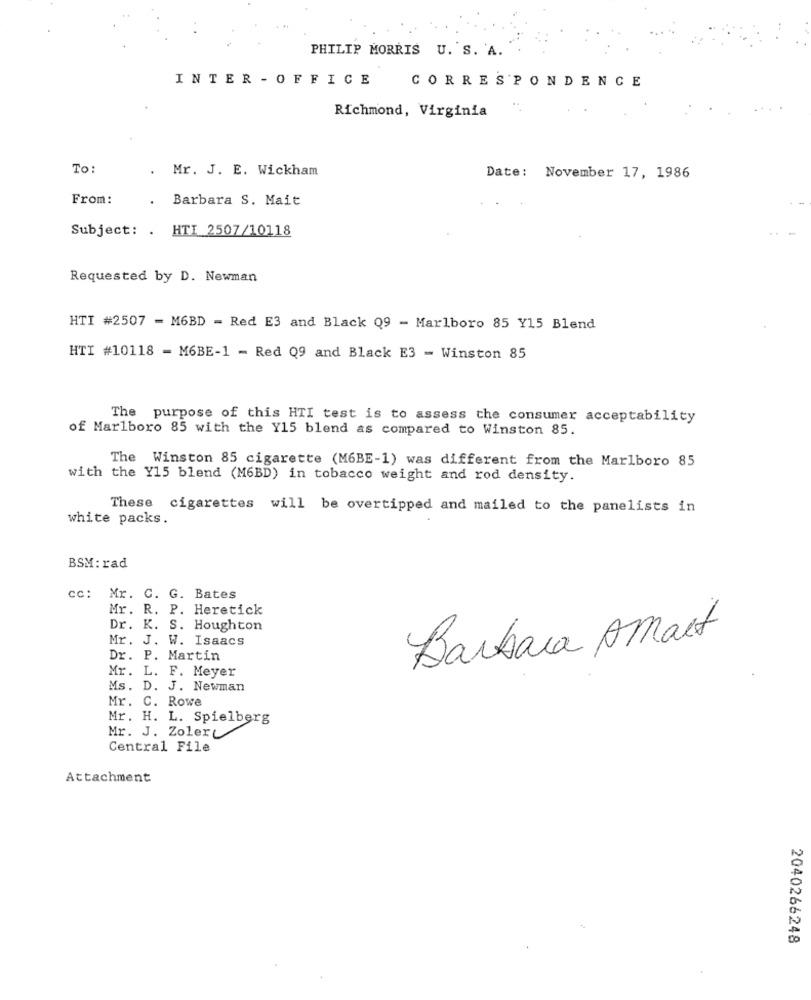
PHILIP MORRIS U. S. A.
INTER - OFFICE
CORRESPONDENCE
Richmond, Virginia
To:
Mr. J. E. Wickham
Date:
November 17, 1986
From:
Barbara S. Mait
Subject: . HTI 2507/10118
Requested by D. Newman
HTI #2507 = M6BD - Red E3 and Black Q9 - Marlboro 85 Y15 Blend
HTI #10118 - M6BE-1 - Red Q9 and Black E3 - Winston 85
The purpose of this HTI test is to assess the consumer acceptability
of Marlboro 85 with the Y15 blend as compared to Winston 85.
The Winston 85 cigarette (M6BE-1) was different from the Marlboro 85
with the Y15 blend (M6BD) in tobacco weight and rod density.
These cigarettes will be overtipped and mailed to the panelists in
white packs.
BSM: rad
cc: Mr. C. G. Bates
Mr. R. P. Heretick
Dr. K. S. Houghton
Mr. J. W. Isaacs
Barbara Amait
Dr. P. Martin
Mr. L.
F. Meyer
Ms. D. J. Newman
Mr. C. Rowe
Mr. H. L. Spielberg
Mr. J. Zolery
Central File
Attachment
2040266248